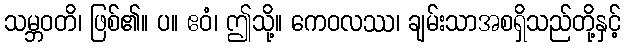
သမ္ဘဝတိ၊ ဖြစ်၏။ ပ။ ဧဝံ၊ ဤသို့။ ကေဝလဿ၊ ချမ်းသာအစရှိသည်တို့နှင့်